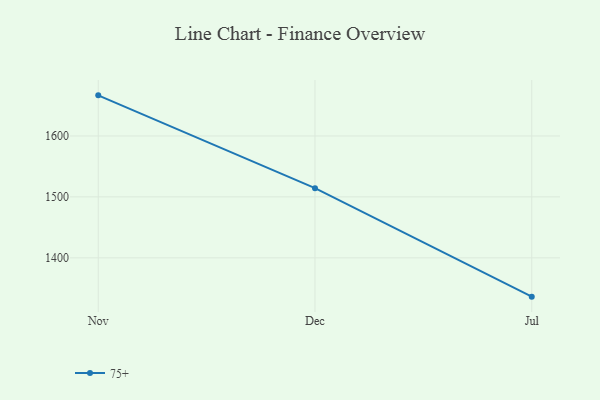
{"axis": {"x": "Month", "y": "Inventory Turnover"}, "legend": ["75+"], "data": [{"x": "Nov", "y": 1666.6, "type": "75+"}, {"x": "Dec", "y": 1514.3, "type": "75+"}, {"x": "Jul", "y": 1336.3, "type": "75+"}]}